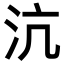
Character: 沆